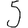
Digit: 5